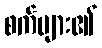
စက်များ၏